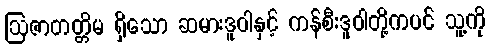
ဩဇာတတ္တိမ ရှိသော ဆမားဒူဝါနှင့် ကန်စီးဒူဝါတို့ကပင် သူ့ကို